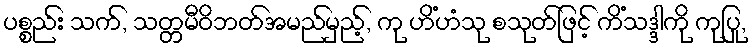
ပစ္စည်း သက်, သတ္တမီဝိဘတ်အမည်မှည့်, ကု ဟိံဟံသု စသုတ်ဖြင့် ကိံသဒ္ဒါကို ကုပြု,